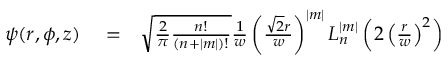
\begin{array} { r l r } { \psi ( r , \phi , z ) } & { { } = } & { \sqrt { \frac { 2 } { \pi } \frac { n ! } { ( n + | m | ) ! } } \frac { 1 } { w } \left( \frac { \sqrt { 2 } r } { w } \right) ^ { | m | } L _ { n } ^ { | m | } \left( 2 \left( \frac { r } { w } \right) ^ { 2 } \right) } \end{array}